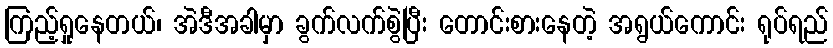
ကြည့်ရှုနေတယ်၊ အဲဒီအခါမှာ ခွက်လက်စွဲပြီး တောင်းစားနေတဲ့ အရွယ်ကောင်း ရုပ်ရည်